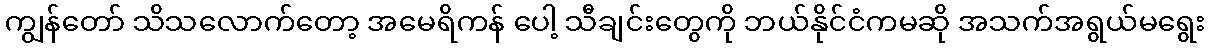
ကျွန်တော် သိသလောက်တော့ အမေရိကန် ပေါ့ သီချင်းတွေကို ဘယ်နိုင်ငံကမဆို အသက်အရွယ်မရွေး